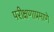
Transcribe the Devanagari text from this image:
परीक्षणाप्रमाणे